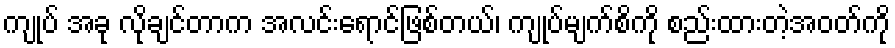
ကျုပ် အခု လိုချင်တာက အလင်းရောင်ဖြစ်တယ်၊ ကျုပ်မျက်စိကို စည်းထားတဲ့အဝတ်ကို